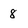
Character: 8